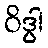
ဝိဒွါ